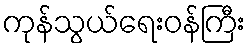
ကုန်သွယ်ရေးဝန်ကြီး